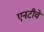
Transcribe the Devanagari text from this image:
एनटीचे